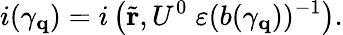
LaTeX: i(\gamma_{\mathbf q})=i\left(\tilde{\mathbf r},U^{0}\; \varepsilon(b(\gamma_{\mathbf q}))^{-1}\right).